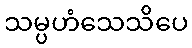
သမ္ပဟံသေသိပေ